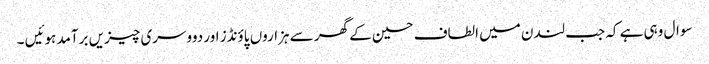
سوال وہی ہے کہ جب لندن میں الطاف حسین کے گھر سے ہزاروں پاؤنڈز اور دووسری چیزیں برآمد ہوئیں ۔